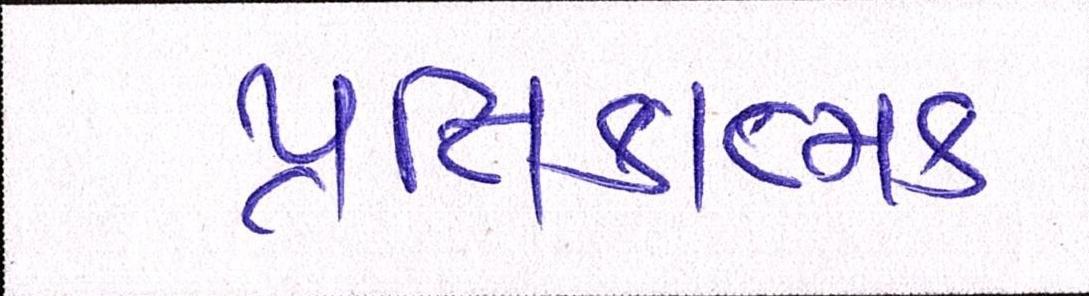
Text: પ્રતિકાત્મક